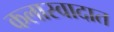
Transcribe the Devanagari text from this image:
कलास्वादात